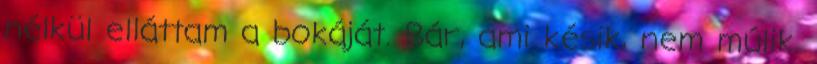
nélkül elláttam a bokáját. Bár, ami késik, nem múlik.